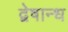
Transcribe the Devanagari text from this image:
द्वेषान्ध